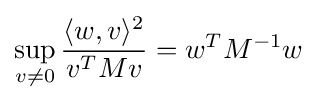
\sup _{v\neq 0}{\frac {\langle w,v\rangle ^{2}}{v^{T}Mv}}=w^{T}M^{-1}w